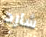
شارد